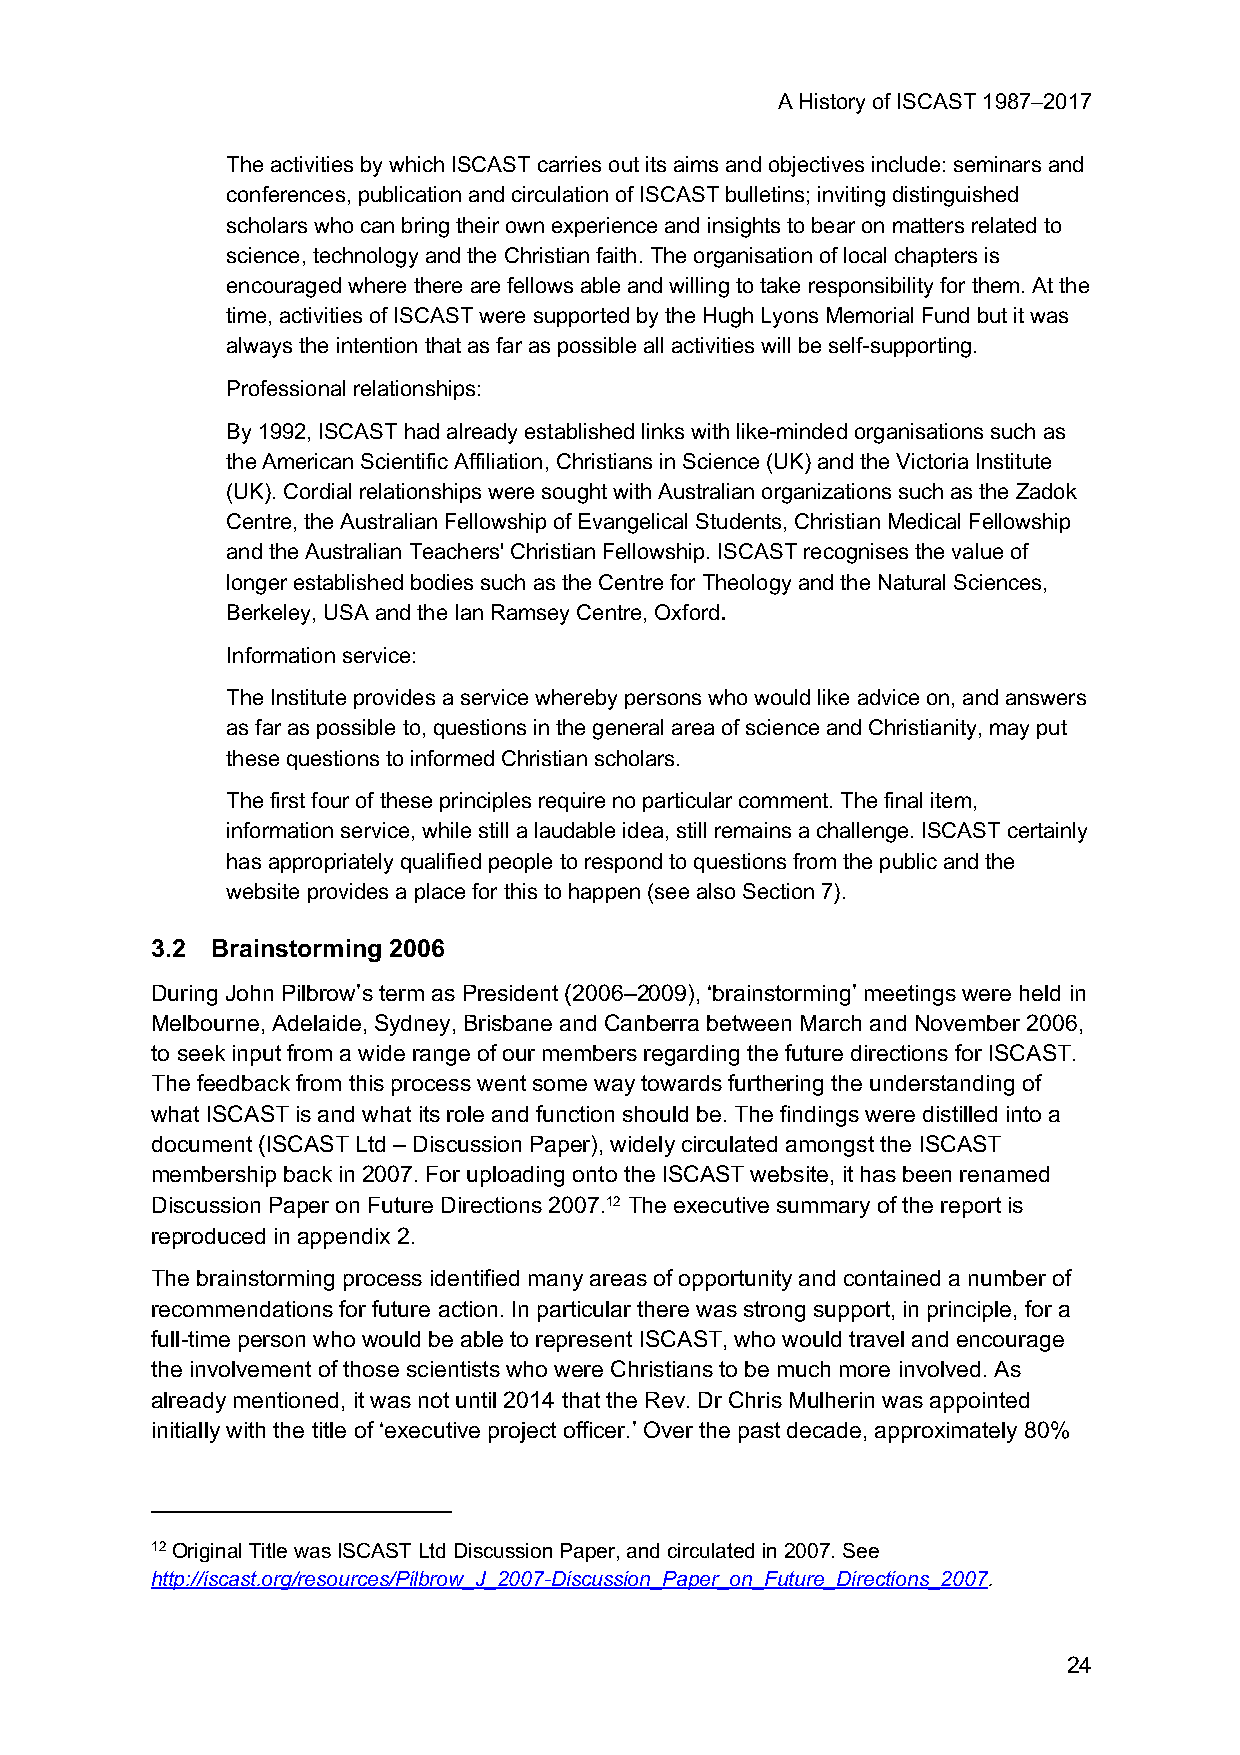
A History of ISCAST 1987–2017
 The activities by which ISCAST carries out its aims and objectives include: seminars and
 conferences, publication and circulation of ISCAST bulletins; inviting distinguished
 scholars who can bring their own experience and insights to bear on matters related to
 science, technology and the Christian faith. The organisation of local chapters is
 encouraged where there are fellows able and willing to take responsibility for them. At the
 time, activities of ISCAST were supported by the Hugh Lyons Memorial Fund but it was
 always the intention that as far as possible all activities will be self-supporting.
 Professional relationships:
 By 1992, ISCAST had already established links with like-minded organisations such as
 the American Scientific Affiliation, Christians in Science (UK) and the Victoria Institute
 (UK). Cordial relationships were sought with Australian organizations such as the Zadok
 Centre, the Australian Fellowship of Evangelical Students, Christian Medical Fellowship
 and the Australian Teachers' Christian Fellowship. ISCAST recognises the value of
 longer established bodies such as the Centre for Theology and the Natural Sciences,
 Berkeley, USA and the Ian Ramsey Centre, Oxford.
 Information service:
 The Institute provides a service whereby persons who would like advice on, and answers
 as far as possible to, questions in the general area of science and Christianity, may put
 these questions to informed Christian scholars.
 The first four of these principles require no particular comment. The final item,
 information service, while still a laudable idea, still remains a challenge. ISCAST certainly
 has appropriately qualified people to respond to questions from the public and the
 website provides a place for this to happen (see also Section 7).
 3.2 Brainstorming 2006
 During John Pilbrow’s term as President (2006–2009), ‘brainstorming’ meetings were held in
 Melbourne, Adelaide, Sydney, Brisbane and Canberra between March and November 2006,
 to seek input from a wide range of our members regarding the future directions for ISCAST.
 The feedback from this process went some way towards furthering the understanding of
 what ISCAST is and what its role and function should be. The findings were distilled into a
 document (ISCAST Ltd – Discussion Paper), widely circulated amongst the ISCAST
 membership back in 2007. For uploading onto the ISCAST website, it has been renamed
 Discussion Paper on Future Directions 2007.12 The executive summary of the report is
 reproduced in appendix 2.
 The brainstorming process identified many areas of opportunity and contained a number of
 recommendations for future action. In particular there was strong support, in principle, for a
 full-time person who would be able to represent ISCAST, who would travel and encourage
 the involvement of those scientists who were Christians to be much more involved. As
 already mentioned, it was not until 2014 that the Rev. Dr Chris Mulherin was appointed
 initially with the title of ‘executive project officer.’ Over the past decade, approximately 80%
 12 Original Title was ISCAST Ltd Discussion Paper, and circulated in 2007. See
 http://iscast.org/resources/Pilbrow_J_2007-Discussion_Paper_on_Future_Directions_2007.
 24